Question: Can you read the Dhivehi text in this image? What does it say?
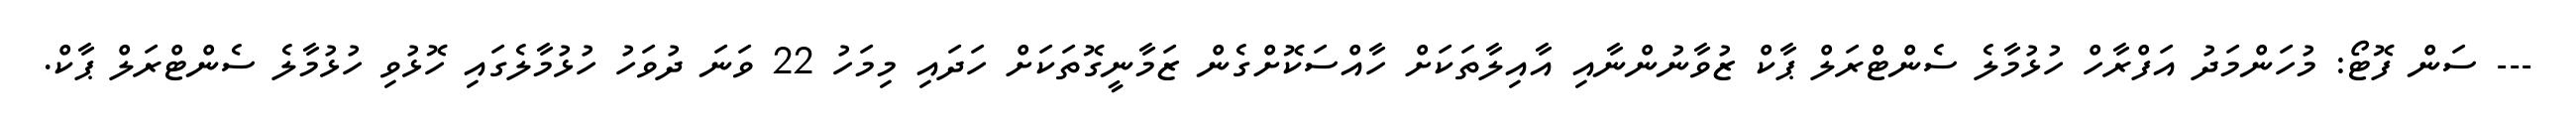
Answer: --- ސަން ފޮޓޯ: މުހަންމަދު އަފްރާހް ހުޅުމާލެ ސެންޓްރަލް ޕާކް ޒުވާނުންނާއި އާއިލާތަކަށް ހާއްސަކޮށްގެން ޒަމާނީގޮތަކަށް ހަދައި މިމަހު 22 ވަނަ ދުވަހު ހުޅުމާލެގައި ހޮޅުވި ހުޅުމާލެ ސެންޓްރަލް ޕާކް.